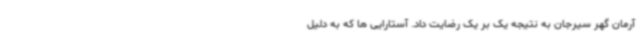
آرمان گهر سیرجان به نتیجه یک بر یک رضایت داد. آستارایی ها که به دلیل